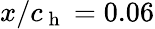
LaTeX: x/c_{\mathrm{~h~}}=0.06